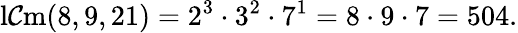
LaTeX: \operatorname{l\mathcal{C}m}(8,9,21)=2^{3}\cdot3^{2}\cdot7^{1}=8\cdot9\cdot7=504.